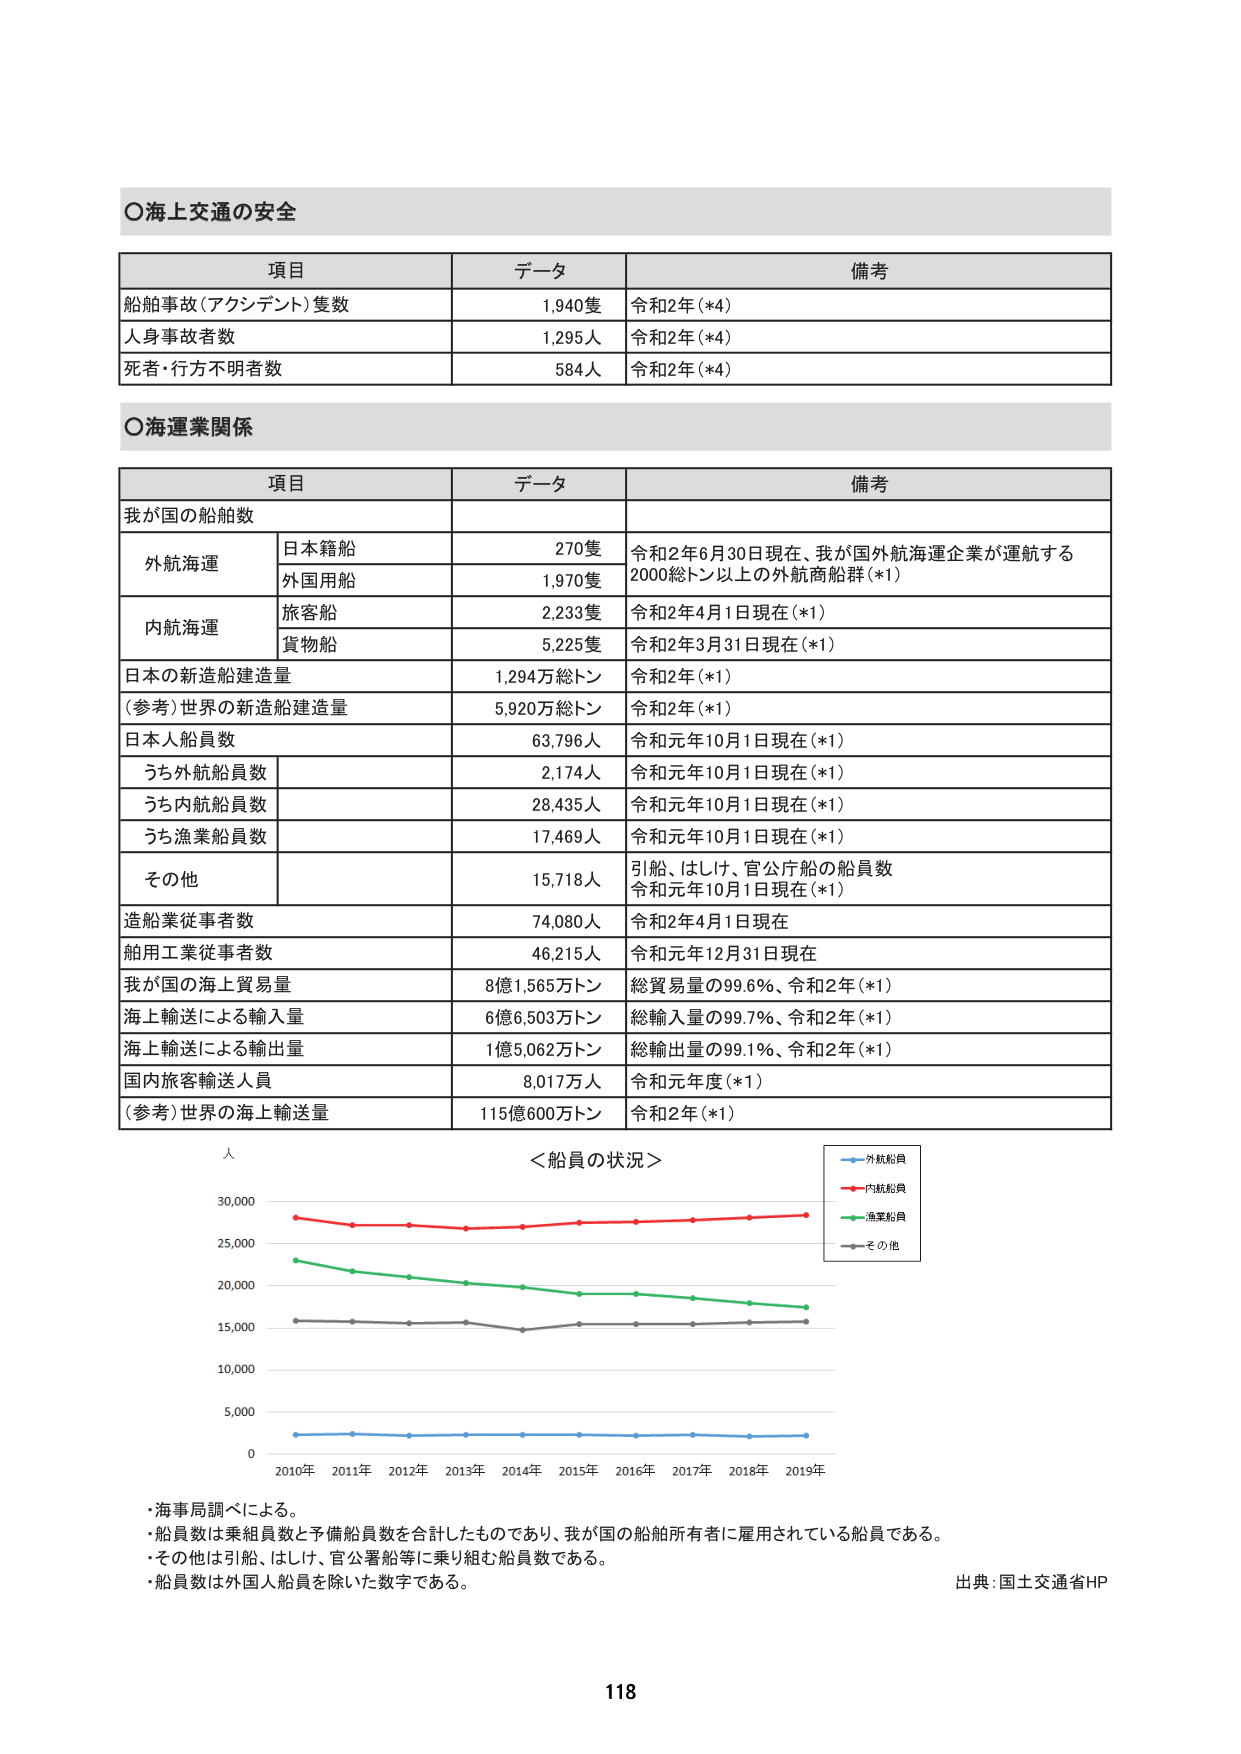
○海上交通の安全

項目 データ 備考
船舶事故（アクシデント）隻数 1,940隻 令和2年（*4）
人身事故者数 1,295人 令和2年（*4）
死者・行方不明者数 584人 令和2年（*4）

○海運業関係

項目 データ 備考
我が国の船舶数
　外航海運 日本籍船 270隻 令和2年6月30日現在、我が国外航海運企業が運航する2000総トン以上の外航商船群（*1）
　　外国用船 1,970隻
　内航海運 旅客船 2,233隻 令和2年4月1日現在（*1）
　　貨物船 5,225隻 令和2年3月31日現在（*1）
日本の新造船建造量 1,294万総トン 令和2年（*1）
（参考）世界の新造船建造量 5,920万総トン 令和2年（*1）
日本人船員数 63,796人 令和元年10月1日現在（*1）
　うち外航船員数 2,174人 令和元年10月1日現在（*1）
　うち内航船員数 28,435人 令和元年10月1日現在（*1）
　うち漁業船員数 17,469人 令和元年10月1日現在（*1）
　その他 15,718人 引船、はしけ、官公庁船の船員数 令和元年10月1日現在（*1）
造船業従事者数 74,080人 令和2年4月1日現在
舶用工業従事者数 46,215人 令和元年12月31日現在
我が国の海上貿易量 8億1,565万トン 総貿易量の99.6％、令和2年（*1）
海上輸送による輸入量 6億6,503万トン 総輸入量の99.7％、令和2年（*1）
海上輸送による輸出量 1億5,062万トン 総輸出量の99.1％、令和2年（*1）
国内旅客輸送人員 8,017万人 令和元年度（*1）
（参考）世界の海上輸送量 115億600万トン 令和2年（*1）

人
＜船員の状況＞
　　外航船員
　　内航船員
　　漁業船員
　　その他
0 5,000 10,000 15,000 20,000 25,000 30,000
2010年 2011年 2012年 2013年 2014年 2015年 2016年 2017年 2018年 2019年

・海事局調べによる。
・船員数は乗組員数と予備船員数を合計したものであり、我が国の船舶所有者に雇用されている船員である。
・その他は引船、はしけ、官公庁船等に乗り組む船員数である。
・船員数は外国人船員を除いた数字である。

出典：国土交通省HP

118